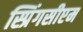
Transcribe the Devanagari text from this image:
स्प्रिंगसीएम